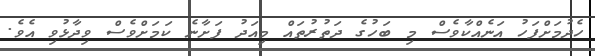
ހެދުމަށްފަހު އަނެއްކާވެސް މި ބަހުގެ ދަތުރުތައް މިއަދު ފަށާނެ ކަމަށްވެސް ވިދާޅުވި އެވެ.